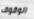
الوقوف